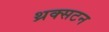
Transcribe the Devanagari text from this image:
थ्रक्सटन